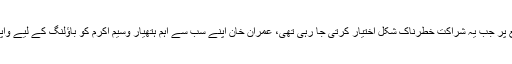
ایک ایسے موقع پر جب یہ شراکت خطرناک شکل اختیار کرتی جا رہی تھی، عمران خان اپنے سب سے اہم ہتھیار وسیم اکرم کو باؤلنگ کے لیے واپس لے کر آئے۔